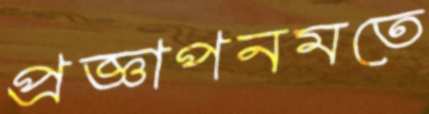
প্রজ্ঞাপনমতে